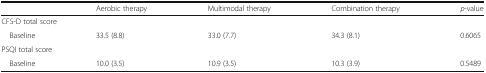
<table><thead><tr><td></td><td><b>Aerobic therapy</b></td><td><b>Multimodal therapy</b></td><td><b>Combination therapy</b></td><td><b><i>p</i>-value</b></td></tr></thead><tbody><tr><td colspan="5">CFS-D total score</td></tr><tr><td> Baseline</td><td>33.5 (8.8)</td><td>33.0 (7.7)</td><td>34.3 (8.1)</td><td>0.6065</td></tr><tr><td colspan="5">PSQI total score</td></tr><tr><td> Baseline</td><td>10.0 (3.5)</td><td>10.9 (3.5)</td><td>10.3 (3.9)</td><td>0.5489</td></tr></tbody></table>